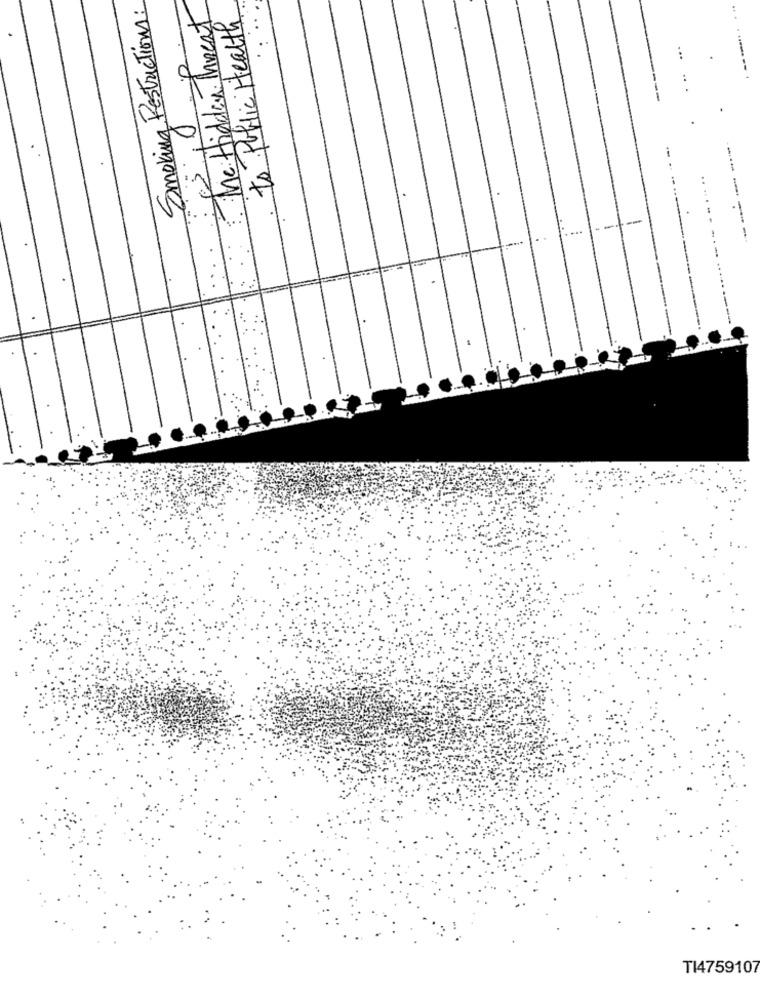
Smoking Restrictions:
Mc: Hidden Threat
to Public Health
..
-
---
TI4759107